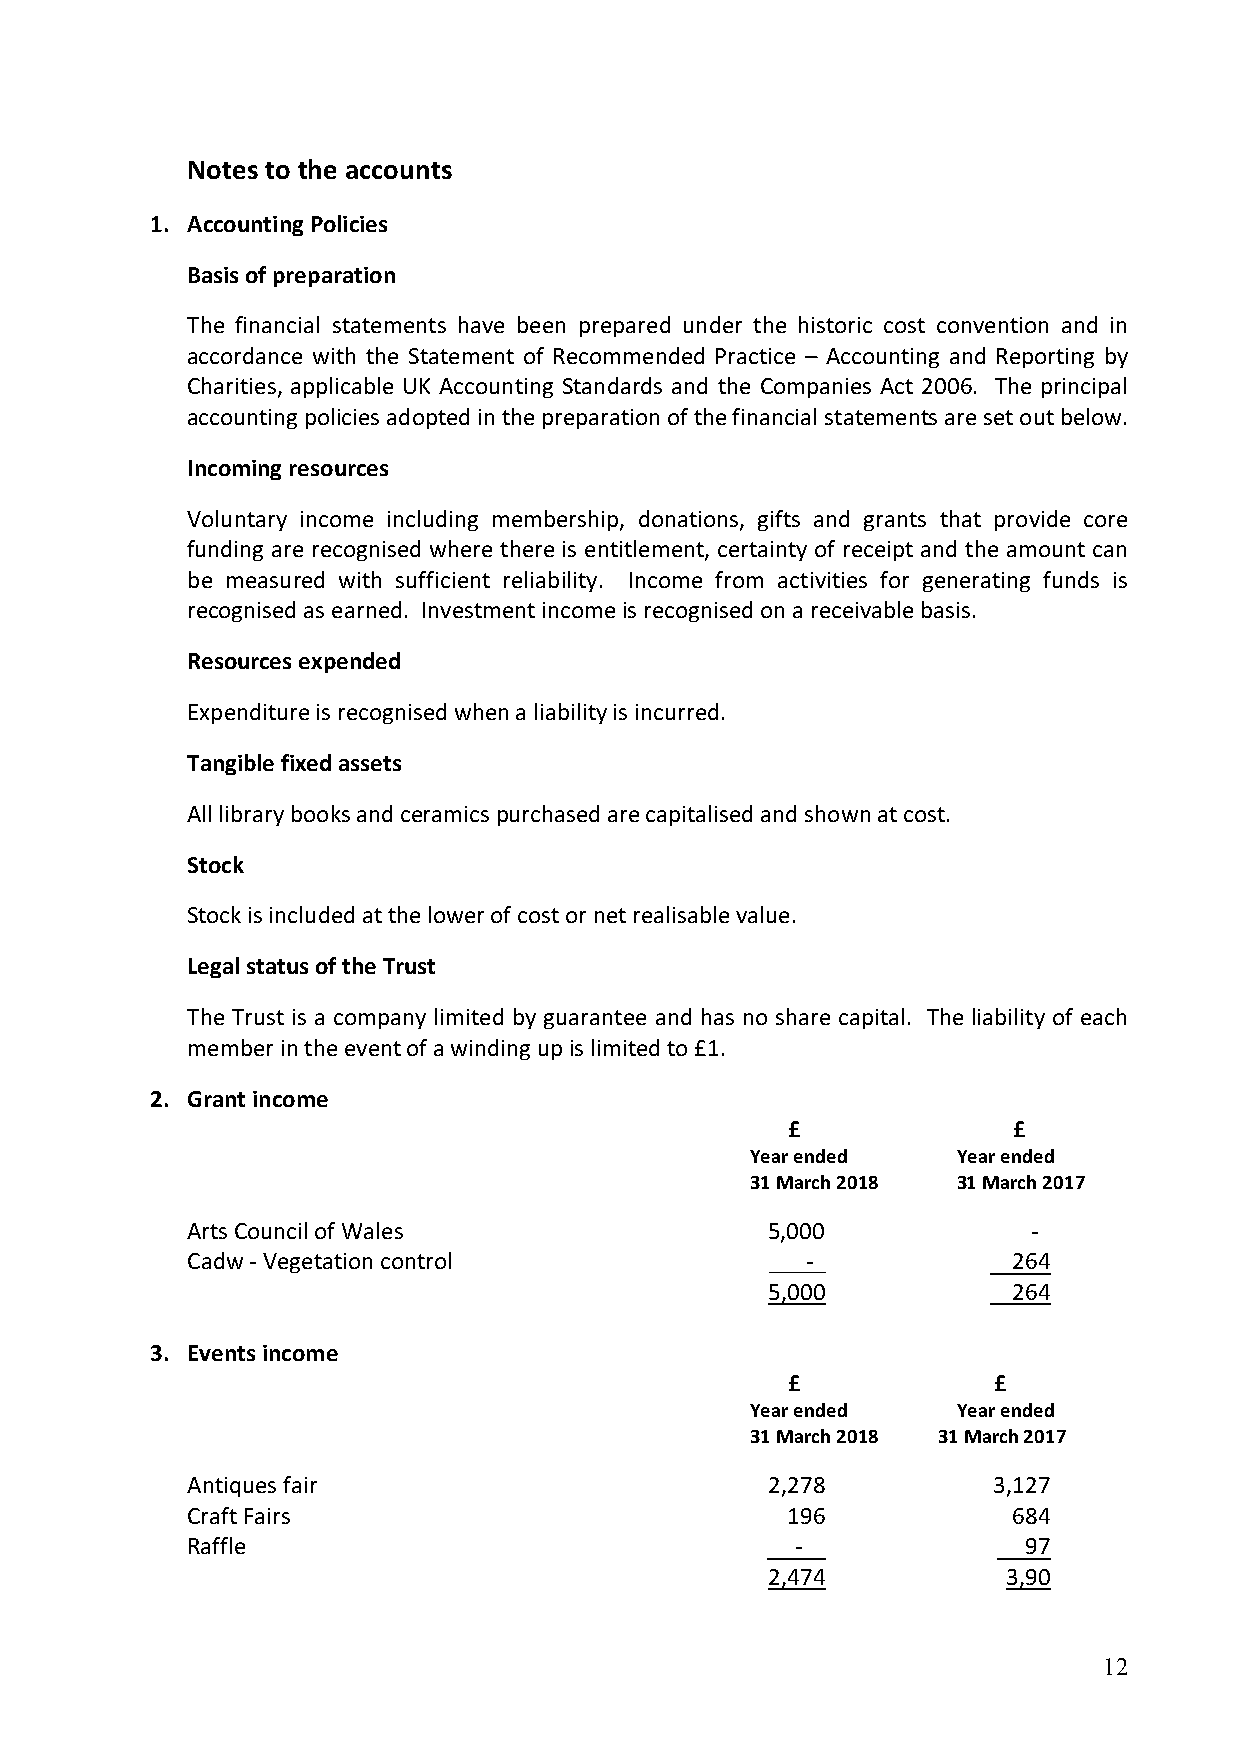
Notes to the accounts
 1. Accounting Policies
 Basis of preparation
 The financial statements have been prepared under the historic cost convention and in
 accordance with the Statement of Recommended Practice – Accounting and Reporting by
 Charities, applicable UK Accounting Standards and the Companies Act 2006. The principal
 accounting policies adopted in the preparation of the financial statements are set out below.
 Incoming resources
 Voluntary income including membership, donations, gifts and grants that provide core
 funding are recognised where there is entitlement, certainty of receipt and the amount can
 be measured with sufficient reliability. Income from activities for generating funds is
 recognised as earned. Investment income is recognised on a receivable basis.
 Resources expended
 Expenditure is recognised when a liability is incurred.
 Tangible fixed assets
 All library books and ceramics purchased are capitalised and shown at cost.
 Stock
 Stock is included at the lower of cost or net realisable value.
 Legal status of the Trust
 The Trust is a company limited by guarantee and has no share capital. The liability of each
 member in the event of a winding up is limited to £1.
 2. Grant income
 £              £
 Year ended   Year ended
 31 March 2018 31 March 2017
 Arts Council of Wales                  5,000            -
 Cadw - Vegetation control                -             264
 5,000           264
 3. Events income
 £             £
 Year ended   Year ended
 31 March 2018 31 March 2017
 Antiques fair                          2,278          3,127
 Craft Fairs                             196            684
 Raffle                                   -              97
 2,474           3,90
 12